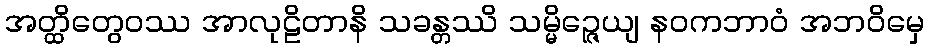
အတ္ထိတွေဝဿ အာလုဠိတာနိ သခန္တဿိ သမ္မိဉ္ဇေယျ နဝကဘာဝံ အဘဝိမှေ